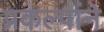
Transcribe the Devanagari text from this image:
प्रकल्पांने